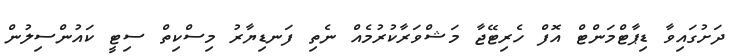
ދަށުގައިވާ ޑިޕާޓްމަންޓް އޮފް ހެރިޓޭޖާ މަޝްވަރާކުރުމެއް ނެތި ފަނޑިޔާރު މިސްކިތް ސިޓީ ކައުންސިލުން